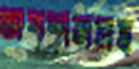
অপশনসহ